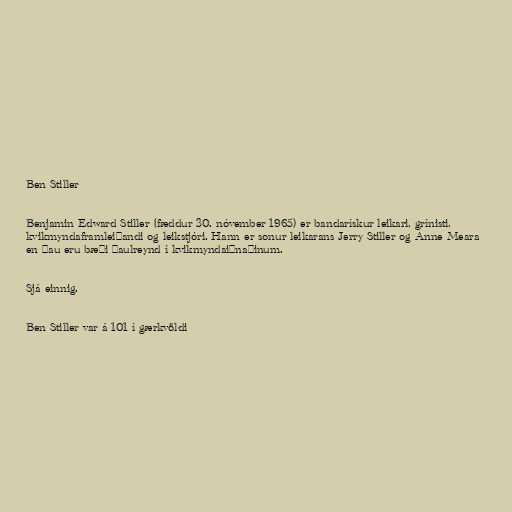
Ben Stiller

Benjamin Edward Stiller (fæddur 30. nóvember 1965) er bandarískur leikari, grínisti,
kvikmyndaframleiðandi og leikstjóri. Hann er sonur leikarans Jerry Stiller og Anne Meara
en þau eru bæði þaulreynd í kvikmyndaiðnaðinum.

Sjá einnig.

Ben Stiller var á 101 í gærkvöldi